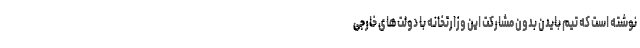
نوشته است که تیم بایدن بدون مشارکت این وزارتخانه با دولت‌های خارجی